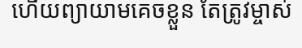
ហើយព្យាយាមគេចខ្លួន តែត្រូវម្ចាស់